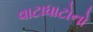
વાટાધાટોનો